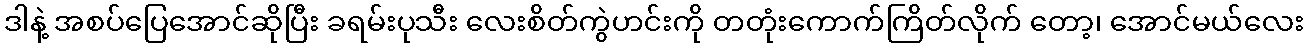
ဒါနဲ့ အစပ်ပြေအောင်ဆိုပြီး ခရမ်းပုသီး လေးစိတ်ကွဲဟင်းကို တတုံးကောက်ကြိတ်လိုက် တော့၊ အောင်မယ်လေး